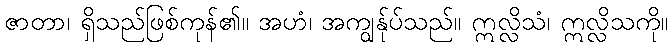
ဇာတာ၊ ရှိသည်ဖြစ်ကုန်၏။ အဟံ၊ အကျွန်ုပ်သည်။ ဣလ္လိသံ၊ ဣလ္လိသကို။